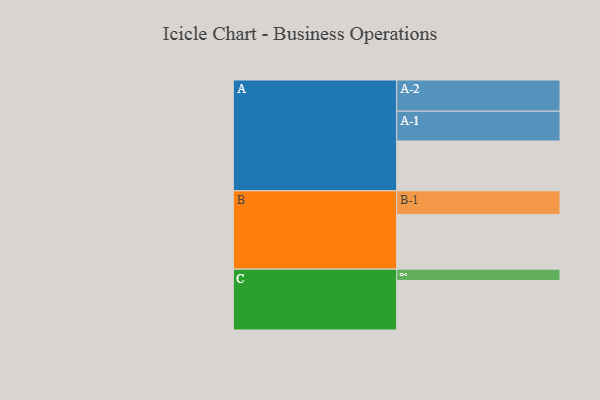
{"axis": {"x": "Segment", "y": "Value"}, "legend": ["", "A", "B", "C"], "data": [{"x": "A", "y": 353, "type": ""}, {"x": "B", "y": 388, "type": ""}, {"x": "C", "y": 351, "type": ""}, {"x": "A-1", "y": 211, "type": "A"}, {"x": "A-2", "y": 221, "type": "A"}, {"x": "B-1", "y": 167, "type": "B"}, {"x": "C-1", "y": 80, "type": "C"}]}